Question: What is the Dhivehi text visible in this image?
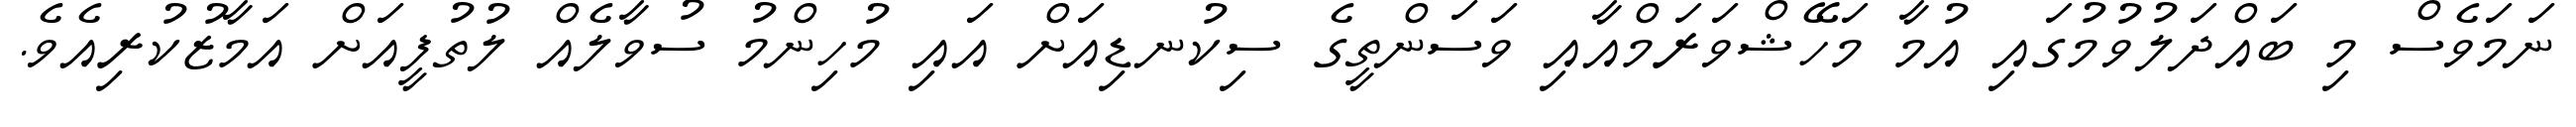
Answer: ނަމަވެސް މި ބައްދަލުވުމުގައި އުމާ މަހޭޝްވަރަމްއާއި ވަސަންތީގެ ސިކުނޑިއަށް އައި މުހިންމު ސުވާލެއް ލުތުފީއަށް އަމާޒުކުރިއެވެ.